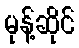
မုန့်ဆိုင်